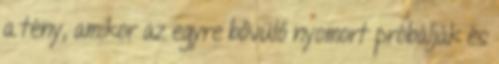
a tény, amikor az egyre bővülő nyomort próbálják és